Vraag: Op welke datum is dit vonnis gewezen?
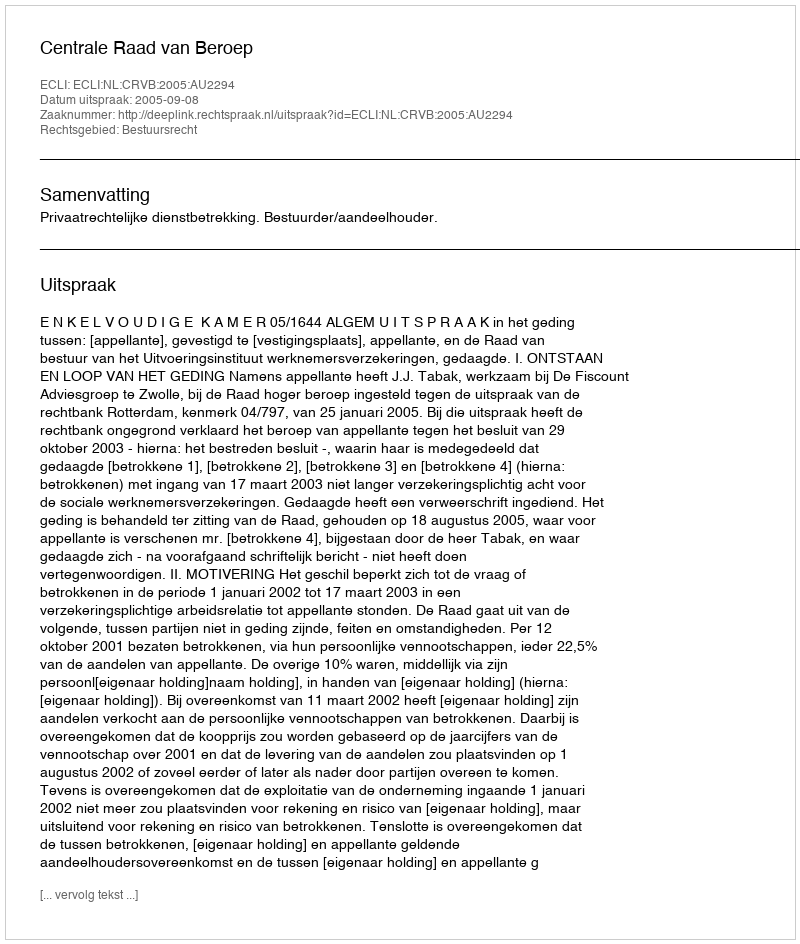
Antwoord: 2005-09-08